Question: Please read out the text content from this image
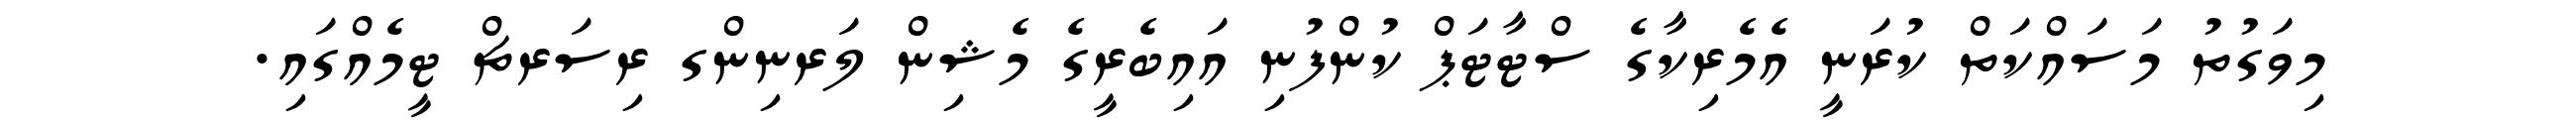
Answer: މިވަގުތު މަސައްކަތް ކުރަނީ އެމެރިކާގެ ސްޓާޓަޕް ކުންފުނި އައިބެރީގެ މެޝިން ލަރނިންގ ރިސަރޗް ޓީމެއްގައި.